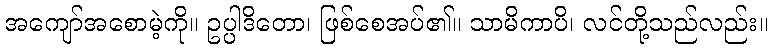
အကျော်အစောမဲ့ကို။ ဥပ္ပါဒိတော၊ ဖြစ်စေအပ်၏။ သာမိကာပိ၊ လင်တို့သည်လည်း။